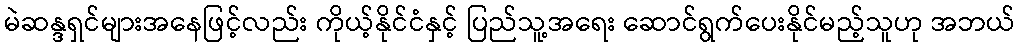
မဲဆန္ဒရှင်များအနေဖြင့်လည်း ကိုယ့်နိုင်ငံနှင့် ပြည်သူ့အရေး ဆောင်ရွက်ပေးနိုင်မည့်သူဟု အဘယ်